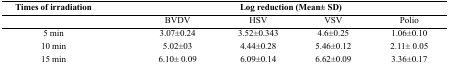
<table><thead><tr><td><b>Times of irradiation</b></td><td colspan="4"><b>Log reduction (Mean± SD)</b></td></tr><tr><td></td><td><b>BVDV</b></td><td><b>HSV</b></td><td><b>VSV</b></td><td><b>Polio</b></td></tr></thead><tbody><tr><td>5 min</td><td>3.07±0.24</td><td>3.52±0.343</td><td>4.6±0.25</td><td>1.06±0.10</td></tr><tr><td>10 min</td><td>5.02±03</td><td>4.44±0.28</td><td>5.46±0.12</td><td>2.11± 0.05</td></tr><tr><td>15 min</td><td>6.10± 0.09</td><td>6.09±0.14</td><td>6.62±0.09</td><td>3.36±0.17</td></tr></tbody></table>